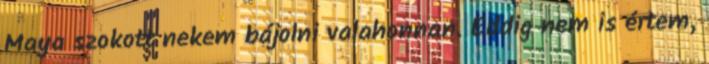
Maya szokott nekem bájolni valahonnan. Eddig nem is értem,